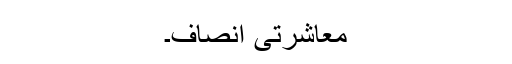
معاشرتی انصاف۔